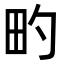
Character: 𬏀